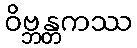
ဝိဗ္ဘန္တကဿ